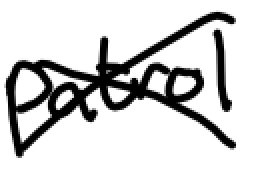
Text: patrol
Cross-out: cross
Writing tool: digital_black